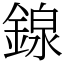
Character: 䤼